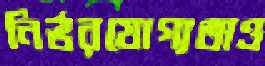
নির্ভরযোগ্যতাও